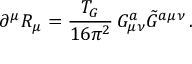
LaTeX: \partial ^ { \mu } R _ { \mu } = \frac { T _ { G } } { 1 6 \pi ^ { 2 } } \, G _ { \mu \nu } ^ { a } \tilde { G } ^ { a \mu \nu } \, .